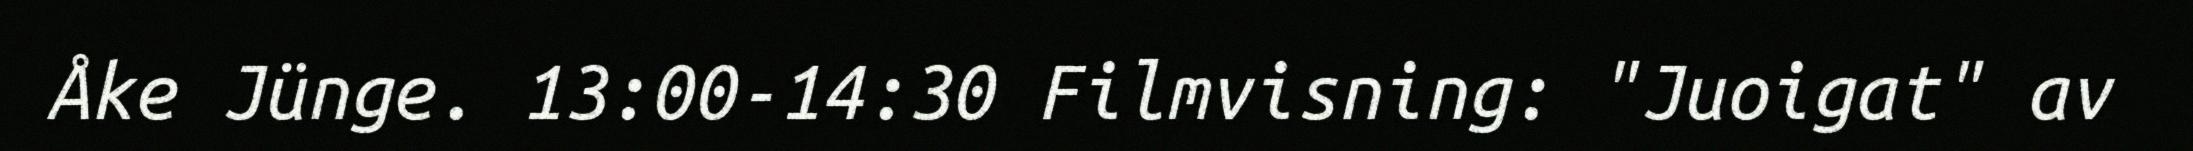
Åke Jünge. 13:00-14:30 Filmvisning: "Juoigat" av